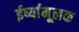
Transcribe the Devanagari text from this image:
ईर्ष्यामूलक